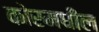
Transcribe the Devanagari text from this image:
कोरमधील